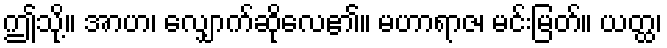
ဤသို့။ အာဟ၊ လျှောက်ဆိုလေ၏။ မဟာရာဇ၊ မင်းမြတ်။ ယတ္ထ၊